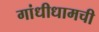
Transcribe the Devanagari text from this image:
गांधीधामची